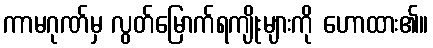
ကာမဂုဏ်မှ လွတ်မြောက်ရကျိုးများကို ဟောထား၏။